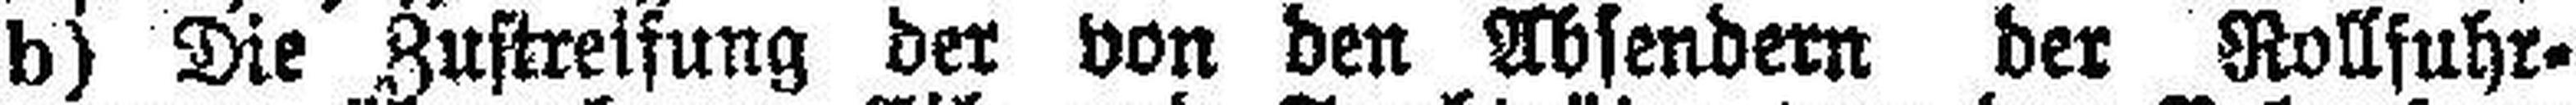
b) Die Zustreifung der von den Absendern der Rollfuhr¬